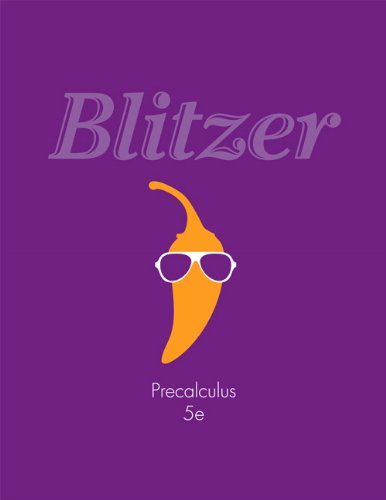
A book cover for Precalculus (5th Edition); Robert F. Blitzer; Science & Math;